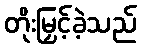
တိုးမြှင့်ခဲ့သည်